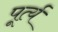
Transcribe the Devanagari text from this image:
पूर्त्य